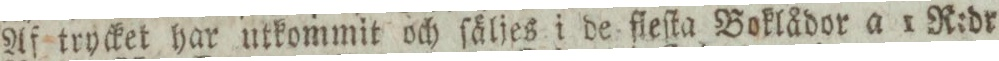
Af trycket har utkommit och ſäljes i de fleſta Boklådor a 1 R:dr